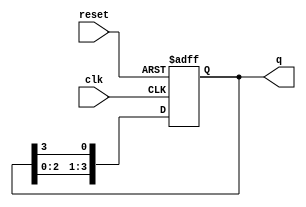
module binary_ring_counter (
    input wire clk,          // Clock input
    input wire reset,        // Reset input
    output reg [N-1:0] q     // Output state (N-bit wide)
);
    parameter N = 4;         // Number of flip-flops (states)

    // Initial state
    initial begin
        q = 1'b1;           // Start with the first flip-flop set to '1'
    end

    always @(posedge clk or posedge reset) begin
        if (reset) begin
            q <= 1'b1;      // Reset to initial state
        end else begin
            // Shift the '1' to the next flip-flop
            q <= {q[N-2:0], q[N-1]}; // Shift left and wrap around
        end
    end
endmodule